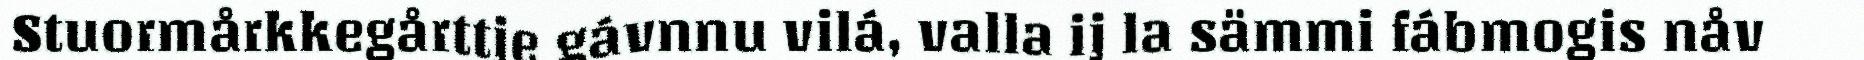
Stuormårkkegårttje gávnnu vilá, valla ij la sämmi fábmogis nåv